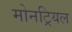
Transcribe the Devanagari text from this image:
मोनट्रियल